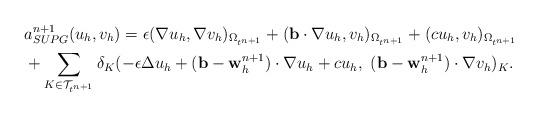
LaTeX: \begin{align*} &a^{n+1}_{SUPG}(u_h,v_h) = \epsilon(\nabla u_h, \nabla v_h)_{\Omega_{t ^{n+1}}} + (\mathbf{b} \cdot \nabla u_h, v_h)_{\Omega_{t ^{n+1}}} + (c u_h, v_h)_{\Omega_{t^{n+1}}} \\ & +\sum_{K \in \mathcal{T}_{t^{n+1}}} \delta_{K} (- \epsilon\Delta u_h + (\mathbf{b-w}^{n+1}_h) \cdot\nabla u_h + cu_h, ~(\mathbf{b-w}^{n+1}_h ) \cdot \nabla v_h)_K.\end{align*}